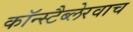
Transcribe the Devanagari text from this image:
कॉन्स्टैब्लेरवाच